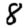
Digit: 8